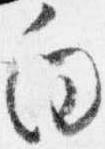
向